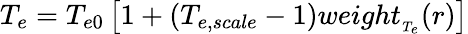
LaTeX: T_{e}=T_{e0}\left[1+\left(T_{e,scale}-1\right)weight_{_{T_{e}}}(r)\right]